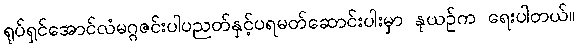
ရုပ်ရှင်အောင်လံမဂ္ဂဇင်းပါပညတ်နှင့်ပရမတ်ဆောင်းပါးမှာ နုယဉ်က ရေးပါတယ်။